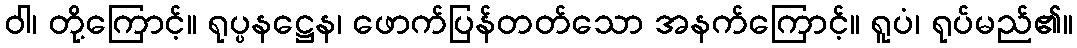
ဝါ၊ တို့ကြောင့်။ ရုပ္ပနဋ္ဌေန၊ ဖောက်ပြန်တတ်သော အနက်ကြောင့်။ ရူပံ၊ ရုပ်မည်၏။